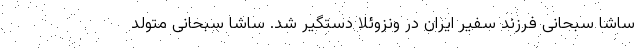
ساشا سبحانی فرزند سفیر ایران در ونزوئلا دستگیر شد. ساشا سبحانی متولد